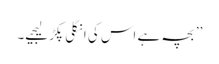
’’بچہ ہے اس کی انگلی پکڑ لیجیے۔